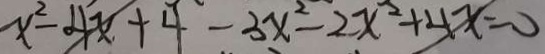
x ^ { 2 } - 4 x + 4 - 3 x ^ { 2 } - 2 x ^ { 2 } + 4 x = 0